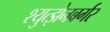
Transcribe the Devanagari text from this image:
श्युत्झेनबर्गर